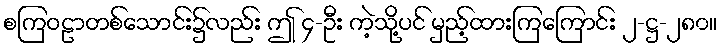
စကြဝဠာတစ်သောင်း၌လည်း ဤ ၄-ဦး ကဲ့သို့ပင် မှည့်ထားကြကြောင်း ၂-ဋ္ဌ-၂၈၀။